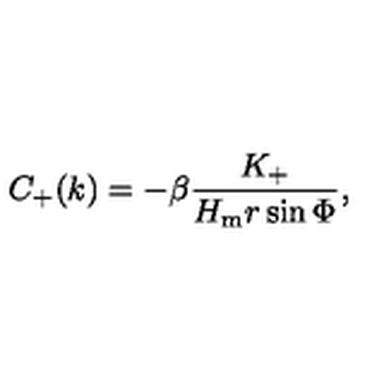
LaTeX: C _ { + } ( k ) = - \beta \frac { K _ { + } } { H _ { \mathrm { m } } r \sin \Phi } ,